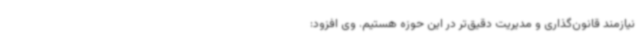
نیازمند قانون‌گذاری و مدیریت دقیق‌تر در این حوزه هستیم. وی افزود: